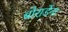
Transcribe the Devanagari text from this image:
बोराडेंना